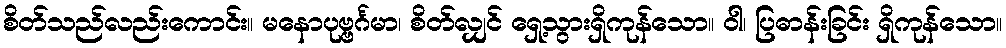
စိတ်သည်လည်းကောင်း။ မနောပုဗ္ဗင်္ဂမာ၊ စိတ်လျှင် ရှေ့သွားရှိကုန်သော။ ဝါ၊ ပြဓာန်းခြင်း ရှိကုန်သော။